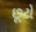
છૂટો